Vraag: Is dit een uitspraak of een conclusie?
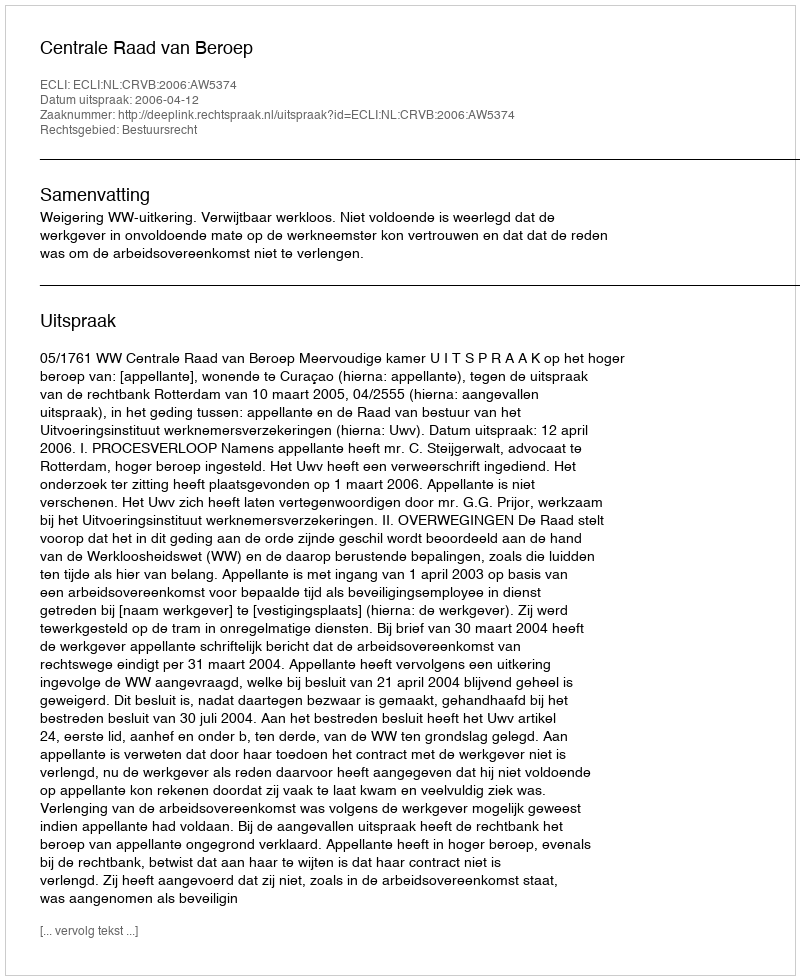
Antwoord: Uitspraak